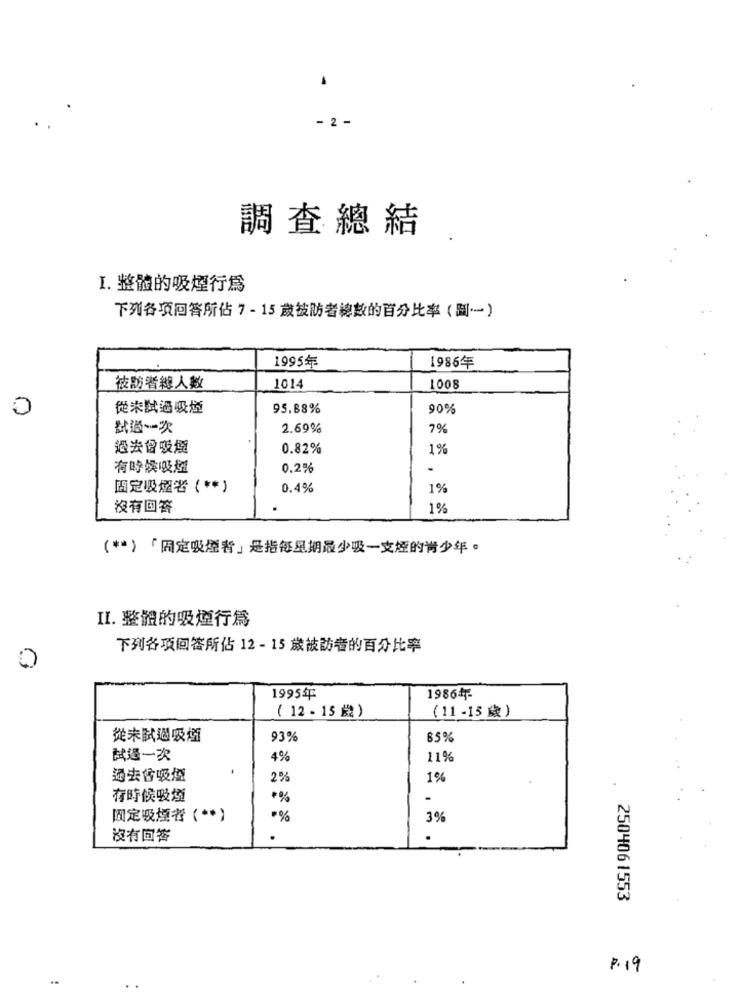
·
- 2 -
調査總結
I. 整體的吸煙行爲
下列各项回答所佔 7-15歲被防者總數的百分比率(…)
1995年
1986年
被訪者總人數
1014
1008
從未試過吸煙
95.88%
90%
試過一次
2.69%
7%
過去會吸煙
0.82%
1%
有時候吸煙
0.2%
-
固定吸煙者( ** )
0.4%
1%
沒有回答
1%
( ** )「固定吸煙者」是指每星期最少吸一支煙的青少年。
II. 整體的吸煙行為
下列各项回答所佔 12-15 歲被訪者的百分比率
O
1995年
19864
( 12-15歲)
(11-15 歳)
從未試過吸煙
93%
65%
試過一次
4%
11%
過去會吸煙
2%
1%
有時候吸煙
*%
-
國定吸煙者( ** )
·%
3%
沒有回答
2504061553
P.19